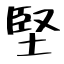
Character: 堅